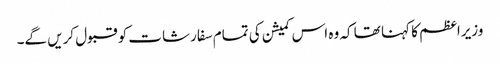
وزیراعظم کا کہنا تھا کہ وہ اس کمیشن کی تمام سفارشات کو قبول کریں گے۔